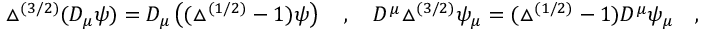
\triangle ^ { ( 3 / 2 ) } ( D _ { \mu } \psi ) = D _ { \mu } \left( ( \triangle ^ { ( 1 / 2 ) } - 1 ) \psi \right) ~ ~ ~ , ~ ~ ~ D ^ { \mu } \triangle ^ { ( 3 / 2 ) } \psi _ { \mu } = ( \triangle ^ { ( 1 / 2 ) } - 1 ) D ^ { \mu } \psi _ { \mu } ~ ~ ~ ,